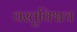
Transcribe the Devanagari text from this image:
वस्तुविश्वच